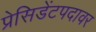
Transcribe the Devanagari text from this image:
प्रेसिडेंटपदावर